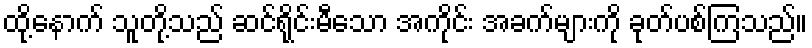
ထို့နောက် သူတို့သည် ဆင်ရိုင်းမီသော အကိုင်း အခက်များကို ခုတ်ပစ်ကြသည်။